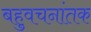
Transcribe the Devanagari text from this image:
बहुवचनांतक